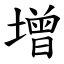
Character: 增